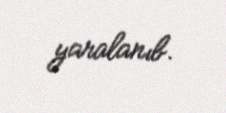
yaralanıb.